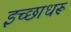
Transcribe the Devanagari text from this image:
इच्छाधरू